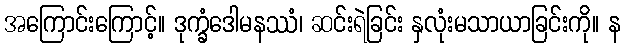
အကြောင်းကြောင့်။ ဒုက္ခံဒေါမနဿံ၊ ဆင်းရဲခြင်း နှလုံးမသာယာခြင်းကို။ န